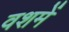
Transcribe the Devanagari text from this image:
वशमें